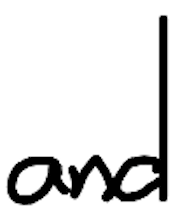
Text: and
Cross-out: clean
Writing tool: digital_black